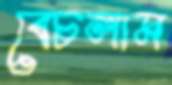
বেচলাম